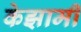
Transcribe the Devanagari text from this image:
केझामी